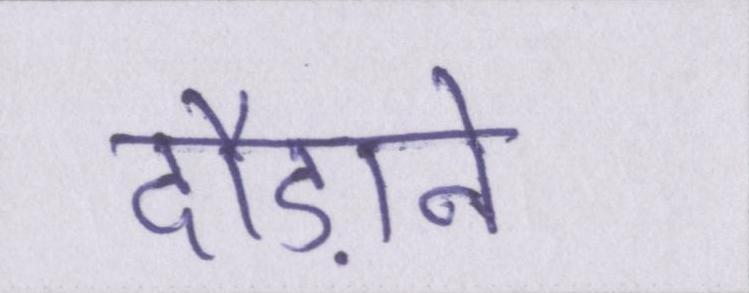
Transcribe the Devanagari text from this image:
दौड़ाने